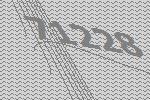
71228